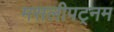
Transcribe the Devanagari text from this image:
मसलीपट्नम